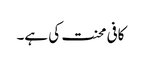
کافی محنت کی ہے۔